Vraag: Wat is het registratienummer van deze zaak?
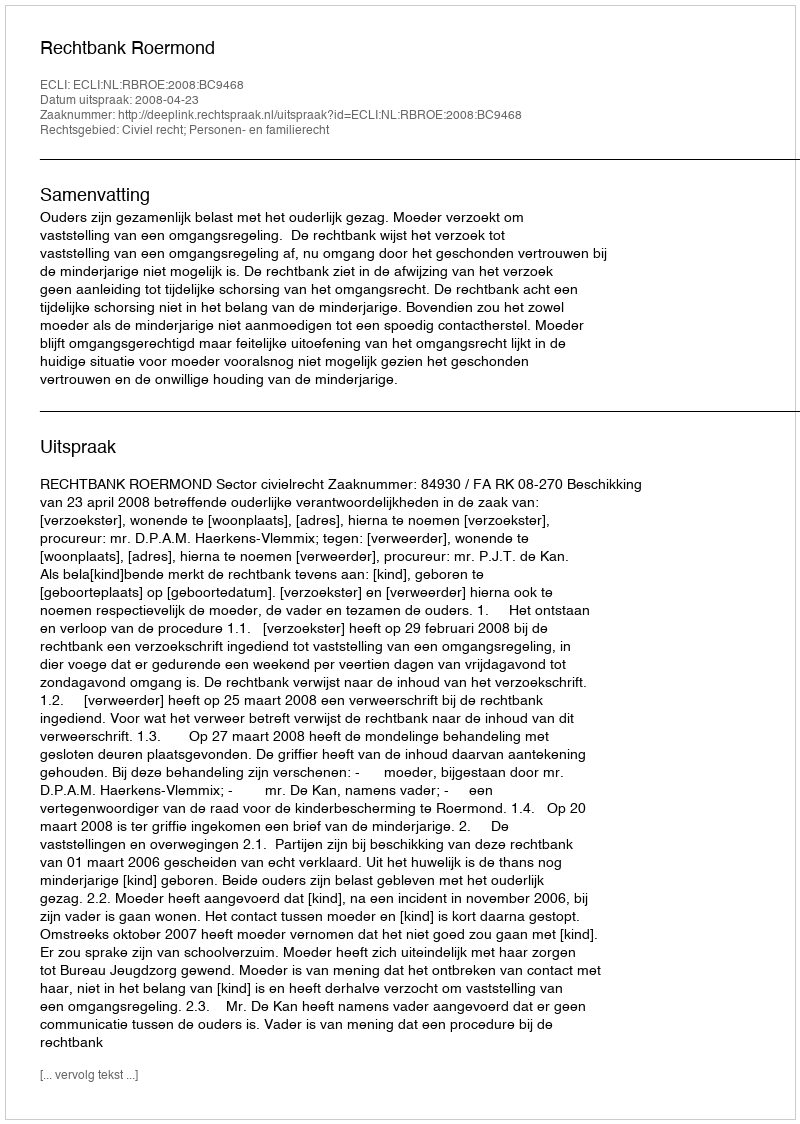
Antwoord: http://deeplink.rechtspraak.nl/uitspraak?id=ECLI:NL:RBROE:2008:BC9468